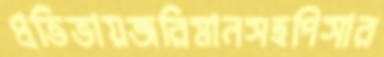
প্রতিভায়জরিমানসহপিসার